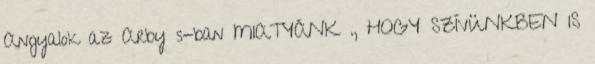
Angyalok az Arby s-ban MIATYÁNK ., HOGY SZÍVÜNKBEN IS